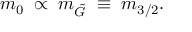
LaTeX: m _ { 0 } \; \propto \; m _ { \tilde { G } } \; \equiv \; m _ { 3 / 2 } .